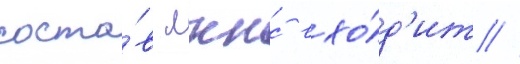
соста́в лккс вхо́д'ит //